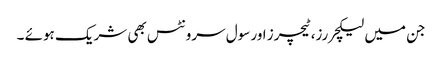
جن میں لیکچررز،ٹیچرز اور سول سرونٹس بھی شریک ہوئے ۔